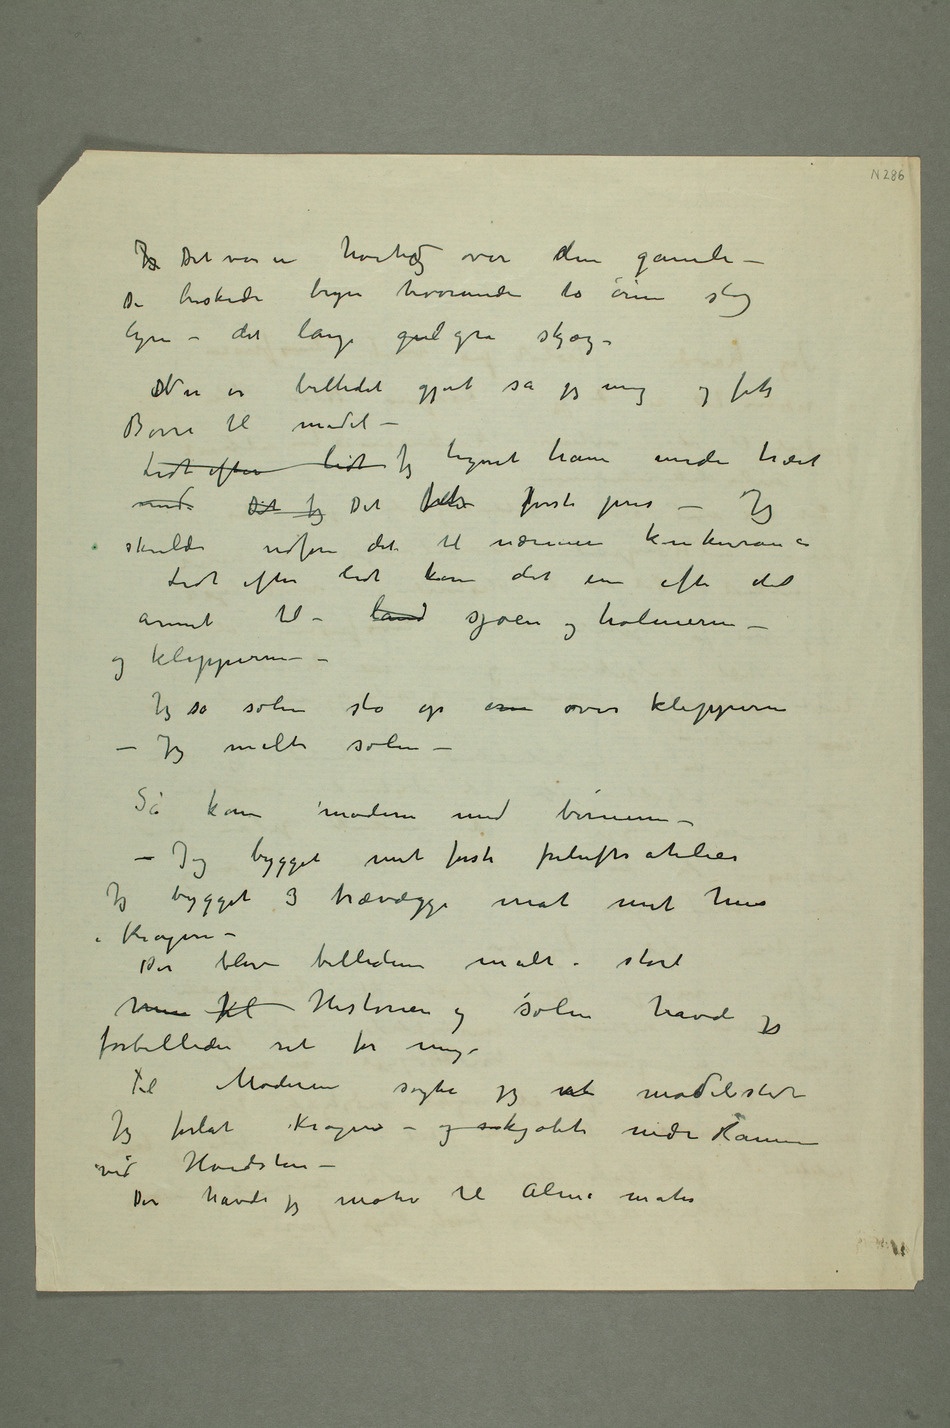
Jeg Det var en høitigd over den gamle –
De buskede bryn hvorunder to øine slog
lyn – det lange gul grå skjæg –
DNu er billedet gjort sa jeg mig og fik
Børre til model –
Lidt efter lidt Jeg tegnet ham under træet
med Dit Jeg Det fik første pris – Jeg
skulde udføre det til nærmere konkurance
Lidt efter lidt kom det ene efter det
annet til – land sjøen og holmerne –
og klipperne –
Jeg så solen sto opp ov over klipperne –
Jeg malte solen
– Så kom moderen med børnene –
– Jeg bygget mit første friluftsatelier
Jeg bygget 3 trævægge mot mit hus i
Kragerø –
Der blev billederne malt i stort
min kl Historien og solen havde jeg
forbilleder ret for mig –
Til Moderen søgte jeg et modelsted
Jeg forlot Kragerø – og kjøbte Nedre Ramme
ved Hvidsten
– Der havde jeg motiv til Alma mater